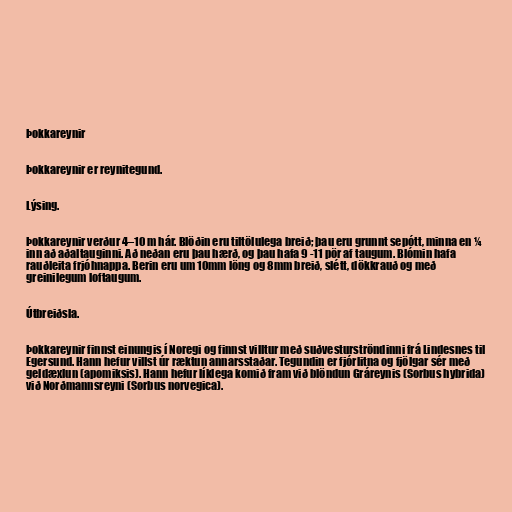
Þokkareynir

Þokkareynir er reynitegund.

Lýsing.

Þokkareynir verður 4–10 m hár. Blöðin eru tiltölulega breið; þau eru grunnt sepótt, minna en ¼
inn að aðaltauginni. Að neðan eru þau hærð, og þau hafa 9 -11 pör af taugum. Blómin hafa
rauðleita frjóhnappa. Berin eru um 10mm löng og 8mm breið, slétt, dökkrauð og með
greinilegum loftaugum.

Útbreiðsla.

Þokkareynir finnst einungis í Noregi og finnst villtur með suðvesturströndinni frá Lindesnes til
Egersund. Hann hefur villst úr ræktun annarsstaðar. Tegundin er fjórlitna og fjölgar sér með
geldæxlun (apomiksis). Hann hefur líklega komið fram við blöndun Gráreynis (Sorbus hybrida)
við Norðmannsreyni (Sorbus norvegica).